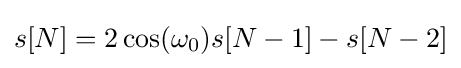
s[N]=2\cos(\omega _{0})s[N-1]-s[N-2]